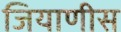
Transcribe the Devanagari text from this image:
जियाणीस